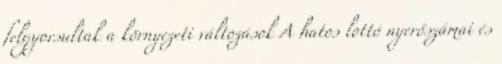
felgyorsultak a környezeti változások A hatos lottó nyerőszámai és